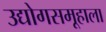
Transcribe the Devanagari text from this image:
उद्योगसमूहाला